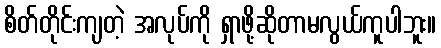
စိတ်တိုင်းကျတဲ့ အလုပ်ကို ရှာဖို့ဆိုတာမလွယ်ကူပါဘူး။